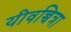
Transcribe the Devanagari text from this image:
यीवच्चित्रा